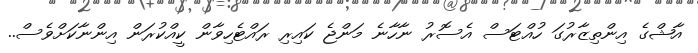
އާޝްގެ އިންތިޒާރުގަ ހުއްޓަސް އެސޮރު ނާހާނެ މަންޖެ ކައިރި ރައްޓެހިވާން ކީއްކުރަން އިންނާކަށްވެސް..